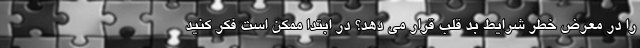
را در معرض خطر شرایط بد قلب قرار می دهد؟ در ابتدا ممکن است فکر کنید